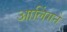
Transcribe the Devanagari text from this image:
आलिंगने